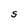
Character: S